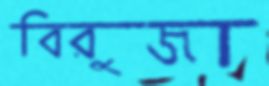
বিরুজা